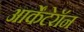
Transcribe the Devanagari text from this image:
आर्केंटेरॉन